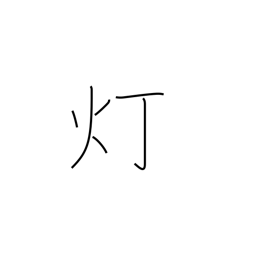
Meaning: lamp